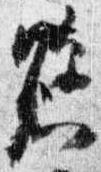
懸